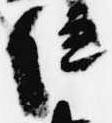
位